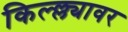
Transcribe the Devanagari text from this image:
किल्ल्ल्यावर